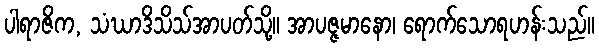
ပါရာဇိက, သံဃာဒိသိသ်အာပတ်သို့။ အာပဇ္ဇမာနော၊ ရောက်သောရဟန်းသည်။